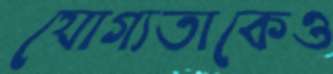
যোগ্যতাকেও